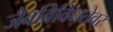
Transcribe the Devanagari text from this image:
जैवविविधतेवर